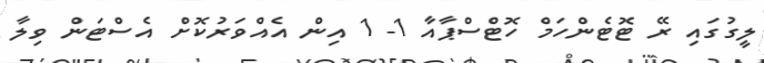
ލީގުގައި ރޭ ޓޮޓެންހަމް ހޮޓްސްޕާއާ 1- 1 އިން އެއްވަރުކޮށް އެސްޓަން ވިލާ